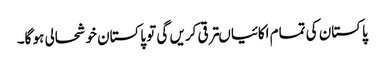
پاکستان کی تمام اکائیاںترقی کریں گی تو پاکستان خوشحالی ہو گا۔